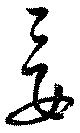
妾